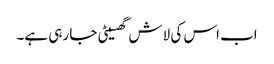
اب اس کی لاش گھسیٹی جا رہی ہے۔